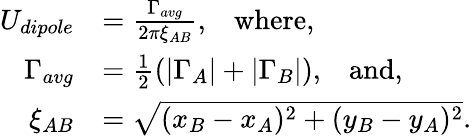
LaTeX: \begin{array}{rl}{U_{dipole}}&{=\frac{\Gamma_{avg}}{2\pi\xi_{AB}},\; \; \; \mathrm{where,}}\\ {\Gamma_{avg}}&{=\frac{1}{2}(|\Gamma_{A}|+|\Gamma_{B}|),\; \; \; \mathrm{and,}}\\ {\xi_{AB}}&{=\sqrt{(x_{B}-x_{A})^{2}+(y_{B}-y_{A})^{2}}.}\end{array}